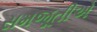
સમજૂતીએ